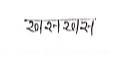
मजकूर: खसखस